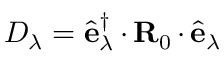
D _ { \lambda } = \hat { \mathbf { e } } _ { \lambda } ^ { \dagger } \, { \boldsymbol { \cdot } } \, { \mathbf { R } } _ { 0 } \, { \boldsymbol { \cdot } } \, \hat { \mathbf { e } } _ { \lambda }